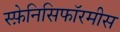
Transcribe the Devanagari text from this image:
स्फ़ेनिसिफॉरमीस